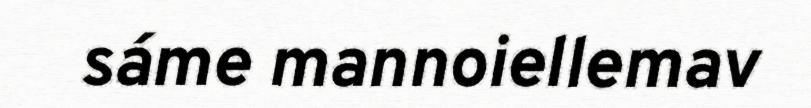
sáme mannoiellemav